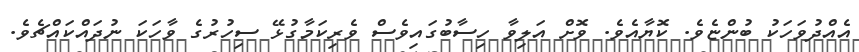
އެއްދުވަހަކު ބުންޏެވެ. ކޮޔާއެވެ. ވޮށް އަލިވާ ހިސާބުގައިވެސް ވެރިކަމާގުޅޭ ސިހުރުގެ ވާހަކަ ނުދައްކައްޗެވެ.